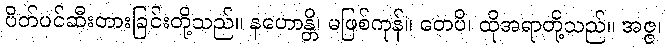
ပိတ်ပင်ဆီးတားခြင်းတို့သည်။ နဟောန္တိ၊ မဖြစ်ကုန်။ တေပိ၊ ထိုအရာတို့သည်။ အဇ္ဇ၊